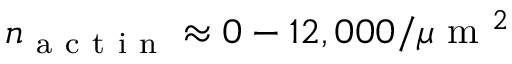
n _ { \mathrm { ~ a ~ c ~ t ~ i ~ n ~ } } \approx 0 - 1 2 , 0 0 0 / \mu \mathrm { ~ m ~ } ^ { 2 }